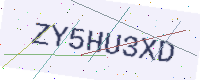
Text: ZY5HU3XD